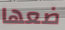
ضعها